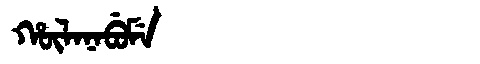
Manchu: ᡥᡡᠯᠠᠨᠠᠪᡠᠮᡝ
Romanization: HŪLANABUME